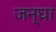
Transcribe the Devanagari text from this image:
जन्घा